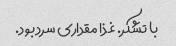
با تشکر. غذا مقداری سرد بود.